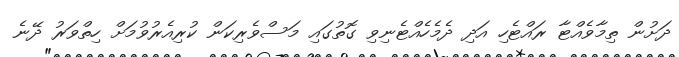
ދަށުން ތިމާވެއްޓާ ރައްޓެހި އަދި ދެމެހެއްޓެނިވި ގޮތުގައި މަސްވެރިކަން ކުރިއެރުވުމަށް ހިތްވަރު ދޭނެ